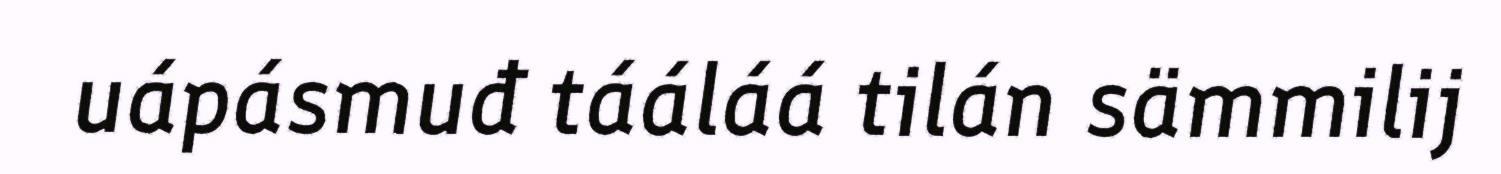
uápásmuđ tááláá tilán sämmilij